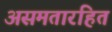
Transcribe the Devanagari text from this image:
असमतारहित